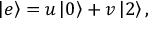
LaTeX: \left| e \right> = u \left| 0 \right> + v \left| 2 \right> ,